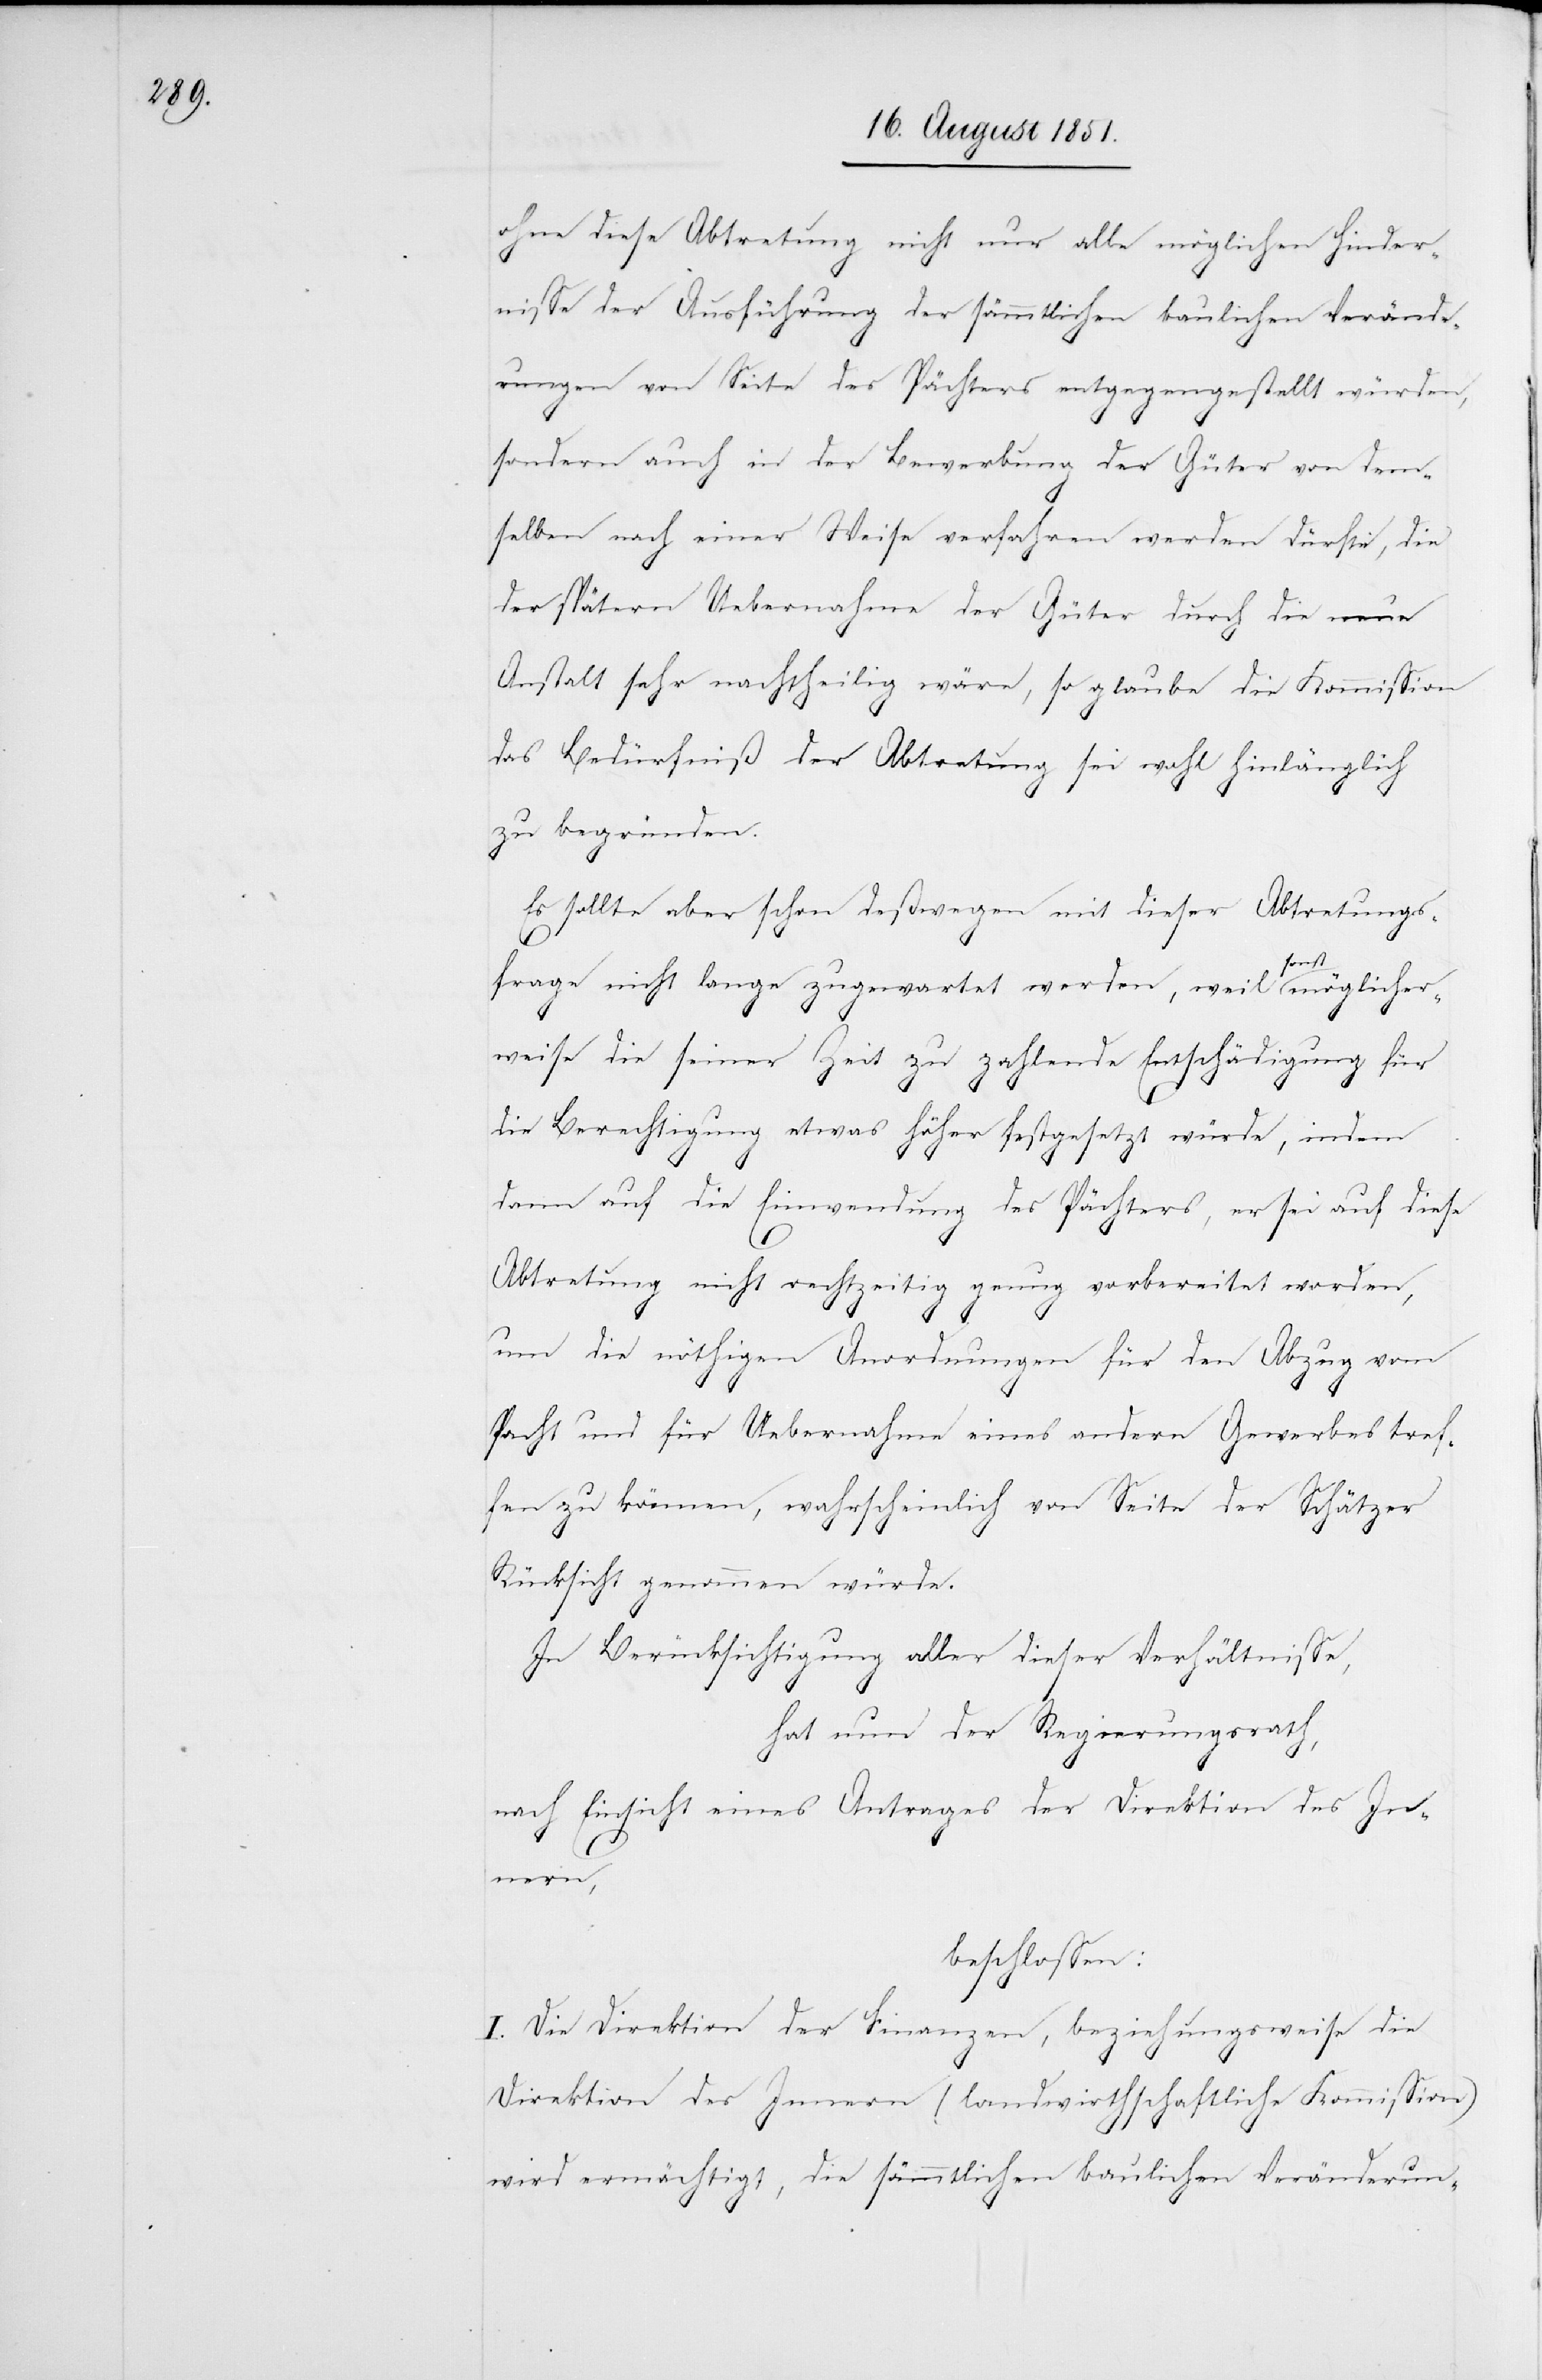
ohne diese Abtretung nicht nur alle möglichen Hinder¬
nisse der Ausführung der sämmtlichen baulichen Verände¬
rungen von Seite des Pächters entgegengestellt würden,
sondern auch in der Bewerbung der Güter von dem¬
selben nach einer Weise verfahren werden dürfte, die
der spätern Uebernahme der Güter durch die neue
Anstalt sehr nachtheilig wäre, so glaube die Kommission
das Bedürfniß der Abtretung sei wohl hinlänglich
zu begründen.
Es sollte aber schon deßwegen mit dieser Abtretungs¬
frage nicht lange zugewartet werden, weil sonst möglicher¬
weise die seiner Zeit zu zahlende Entschädigung für
die Berechtigung etwas höher festgesetzt würde, indem
dann auf die Einwendung des Pächters, er sei auf diese
Abtretung nicht rechtzeitig genug vorbereitet worden,
um die nöthigen Anordnungen für den Abzug vom
Pacht und für Uebernahme eines andern Gewerbes tref¬
fen zu können, wahrscheinlich von Seite der Schätzer
Rücksicht genommen würde.
In Berücksichtigung aller dieser Verhältnisse,
hat nun der Regierungsrath,
nach Einsicht eines Antrages der Direktion des In¬
nern,
beschlossen:
I. Die Direktion der Finanzen, beziehungsweise die
Direktion des Innern (landwirthschaftliche Kommission)
wird ermächtigt, die sämmtlichen baulichen Veränderun-